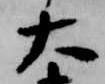
大